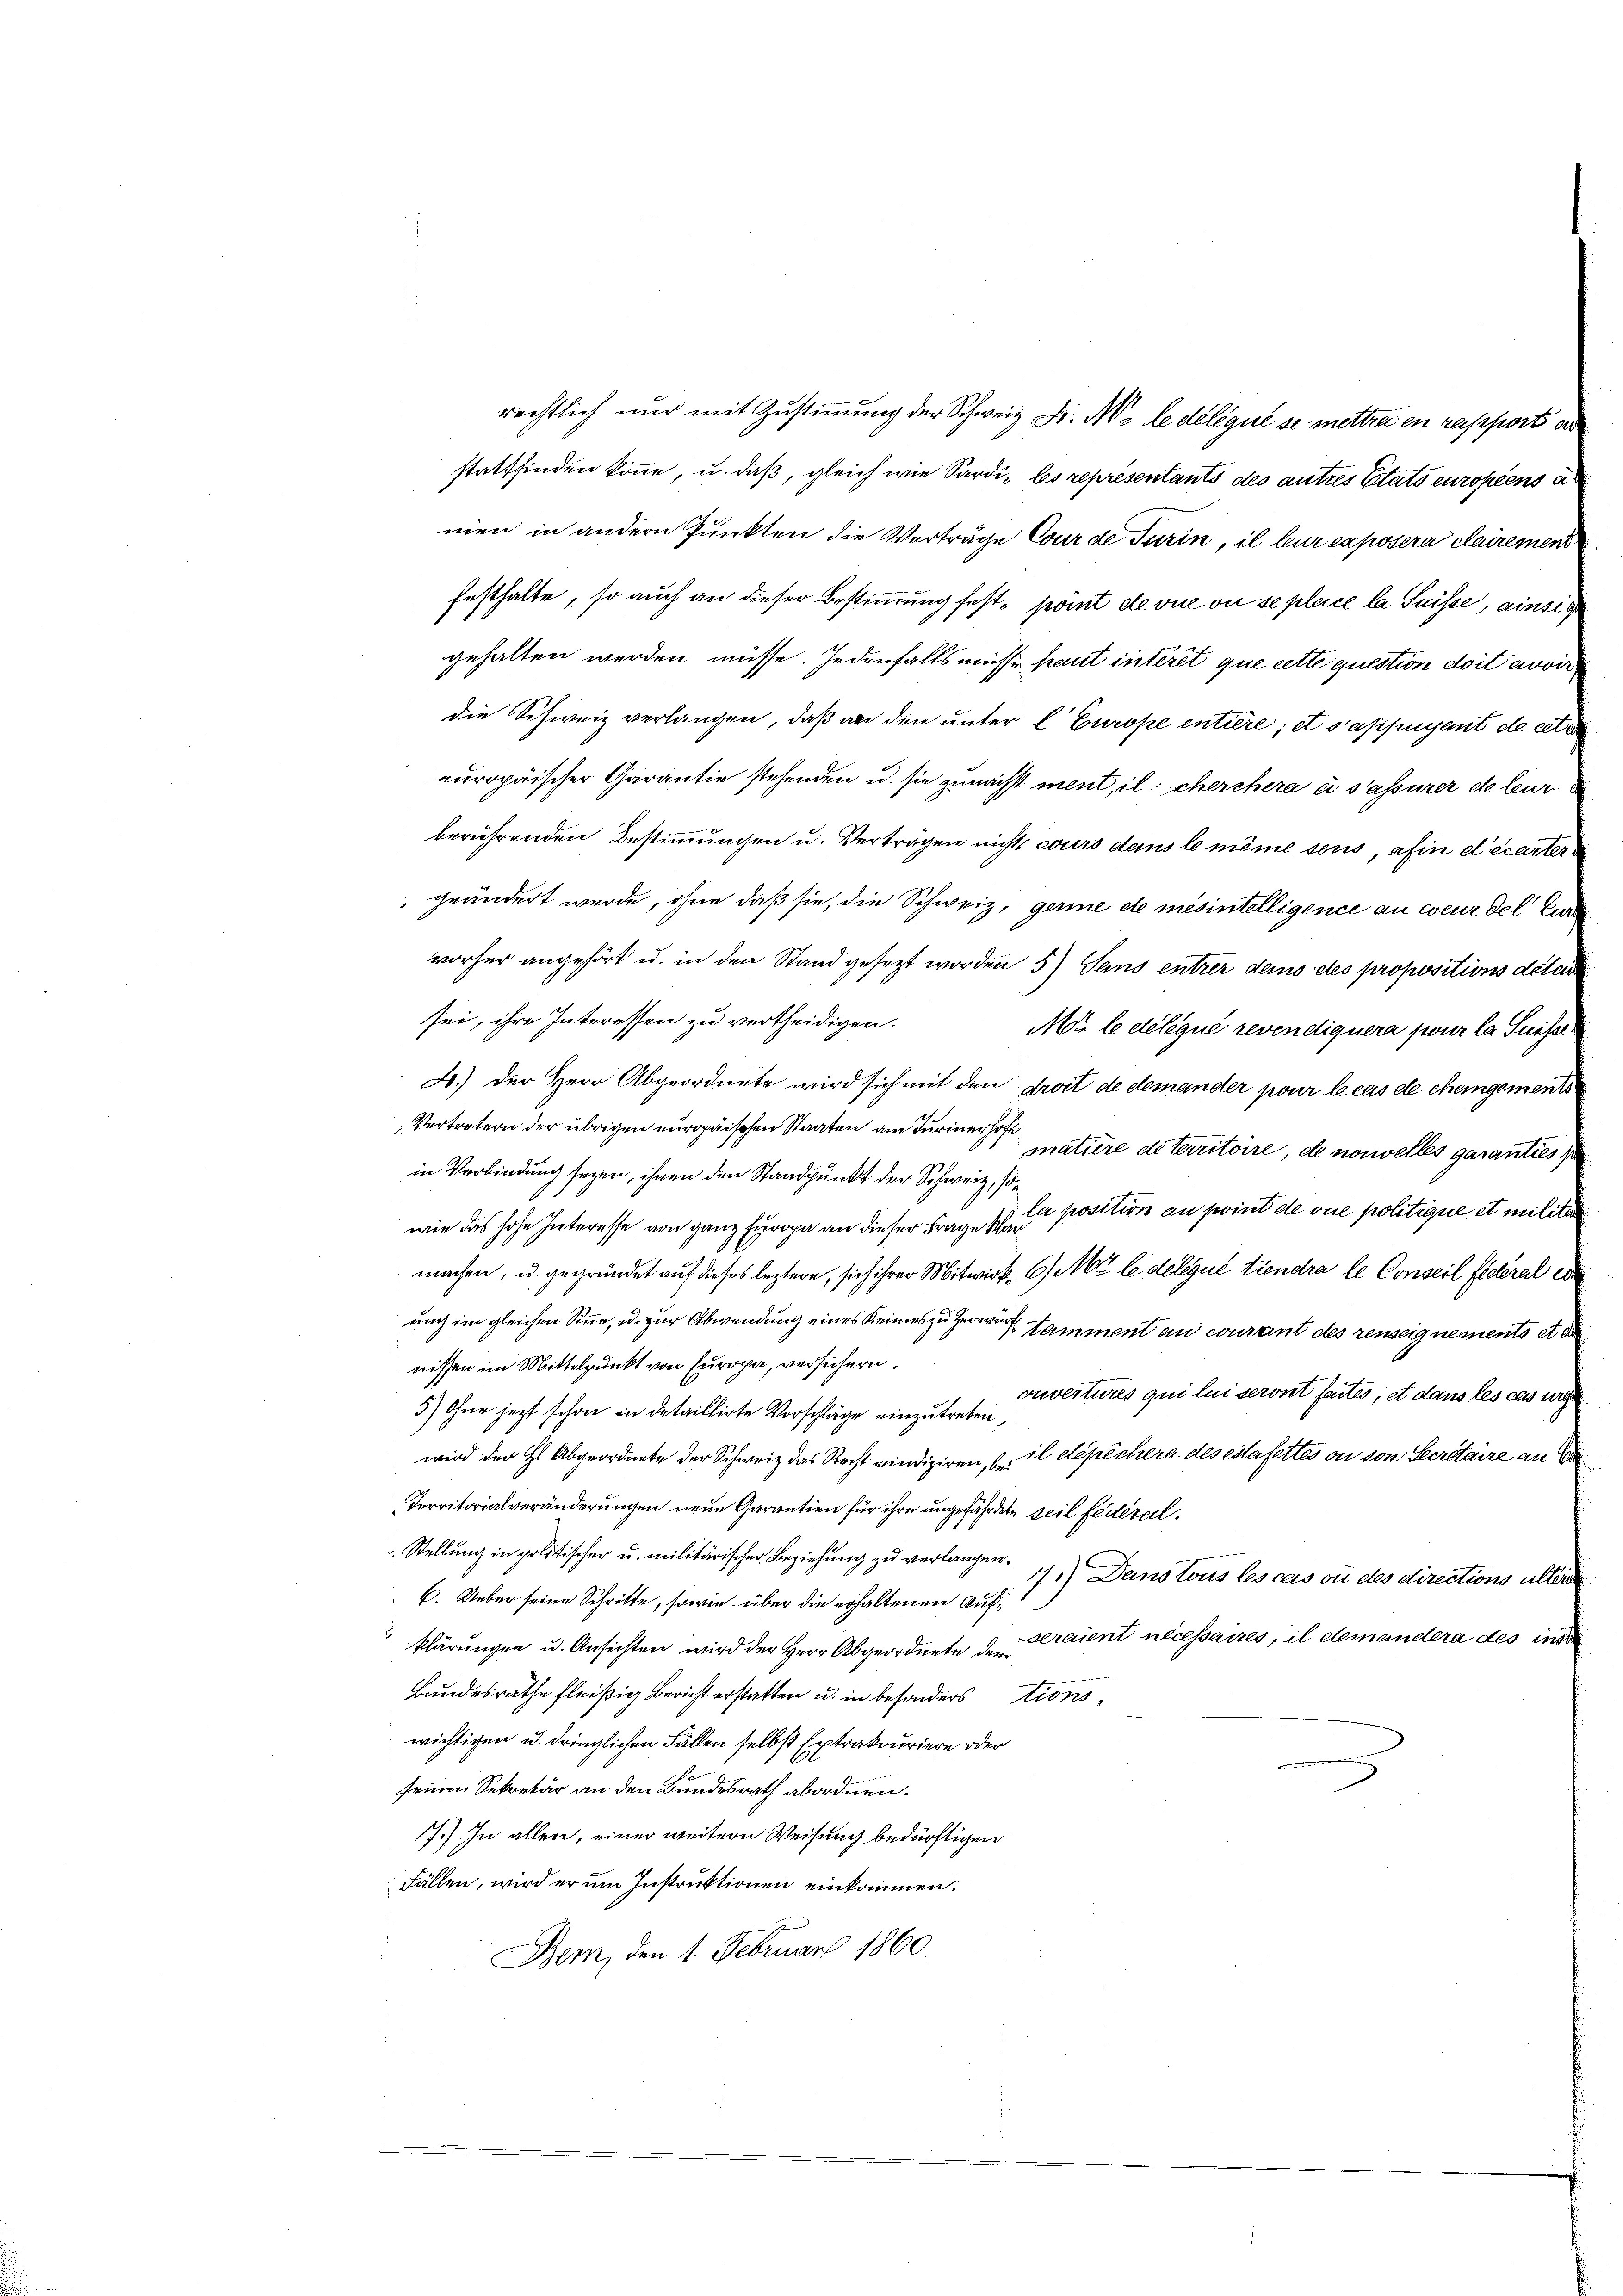
rechtlich nur mit Zustimmung der Schweiz. Dr. M. le délégué se mettre en rapport a
stattfinden könne, u. daß, gleich wie Sardi, les représentants des autres Citats europiens a
men in andern Punkten die Verträge Cour de Turin, il leur exposera clairement
festhalte, so auch an dieser Bestimmung fest point devue ou se plence la Suisse, ainste
gehalten werden müsse. Jedenfalls müsse haut intérêt que cette question doit avoir
die Schweiz verlangen, daß an den unter C Europe entiere; et sassigent de cette
europäischer Garantie stehenden u. sie zunächst ment, il cherchera di s’assurer de leur
berührenden Bestimmungen u. Verträgen nichts cours des le même sens, afin d’écarter
geändert werde, ohne daß sie, die Schweiz, gerie de mésintelligence an werdel Eur
vorher angehört u. in den Stand gesezt worden 5) Sens entrer des etes propositions detai
sei, ihre Interessen zu vertheidigen.
Mi le delique revendiquera jwur la Suisse
4.) Der Herr Abgeordnete wird sich mit den droit de demander pour le cas de chemgement
Vertretern der übrigen europäischen Staaten am Turiner so matière de territoire, de norwelles garanties p
in Verbindung seyen, ihnen den Standpunkt der Schweiz, son
wie das hohe Interesse von ganz Europa an dieser Frage zu le position an joint de vue politique et militar
machen, u. gegründet auf dieses leztere, sich ihrer Mitwirk. 6 Mt le délégué tiendra le Conseil fieleral ein
uuch im gleichen Sinne, u. zur Abwendung eines Keines zu erwarf amment au courant des renseignements et de
nissen im Mittelpunkt von Europa, versichern.
ouvertures qui lui seront seites, et dans les cas urthe
3) Ohne jezt schon in detaillirte Vorschläge einzutreten,
il dépéchera des estafettes ou von Secretaire an We
wird der Gl. Abgeordnete der Schweiz das Recht vindiziren, bei
Territorialveränderungen neue Garantien für ihre ungefährdete seil fédéral¬
Stellung in politischer u. militärischer Beziehung zu verlangen.
7.) Dans tous les cas ou des directions ulter
C. Ueber seine Schritte, sowie über die erhaltenen Aufseraient nécessaires, il demandera des ins
klärungen u. Ansichten wird der Herr Abgeordnete dem
Bundesrathe fleißig Bericht erstatten u. in besonderstions
wichtigen u. dringlichen Fällen selbst Extrakouriere oder
seinen Sekretär an den Bundesrath abordnen.
7.) In allen, einer weitern Weisung bedürftigen
Fällen, wird er um Instruktionen einkommen.
Bem, den 1. Februar 1860.